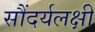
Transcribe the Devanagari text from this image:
सौंदर्यलक्षी